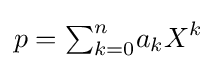
p={\textstyle \sum }_{k=0}^{n}a_{k}X^{k}